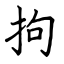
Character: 拘